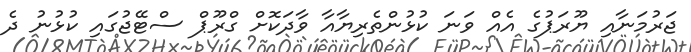
ޖަރުމަނާއި ޔޫރަޕުގެ އެއް ވަނަ ކުޅުންތެރިޔާއާ ވާދަކޮށް ގްރޫޕް ސްޓޭޖުގައި ކުޅުނު ދެ